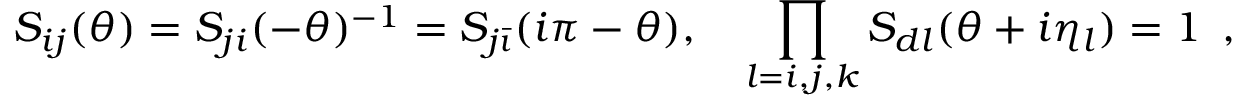
S _ { i j } ( \theta ) = S _ { j i } ( - \theta ) ^ { - 1 } = S _ { j \bar { \imath } } ( i \pi - \theta ) , \quad \prod _ { l = i , j , k } S _ { d l } ( \theta + i \eta _ { l } ) = 1 \, \, \, ,